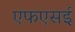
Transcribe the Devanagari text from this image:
एफएसई